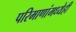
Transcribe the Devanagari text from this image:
परिमाणांमध्येही